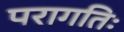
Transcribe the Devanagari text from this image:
परागतिः